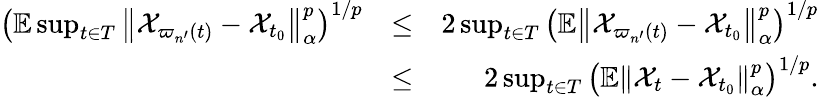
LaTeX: \begin{array}{rlr}{\left(\mathbb{E}\operatorname*{sup}_{t\in T}\left\Vert\mathcal{X}_{\varpi_{n^{\prime}}(t)}-\mathcal{X}_{t_{0}}\right\Vert_{\alpha}^{p}\right)^{1/p}}&{\leq}&{2\operatorname*{sup}_{t\in T}\left(\mathbb{E}\left\Vert\mathcal{X}_{\varpi_{n^{\prime}}(t)}-\mathcal{X}_{t_{0}}\right\Vert_{\alpha}^{p}\right)^{1/p}}\\ &{\leq}&{2\operatorname*{sup}_{t\in T}\left(\mathbb{E}\left\Vert\mathcal{X}_{t}-\mathcal{X}_{t_{0}}\right\Vert_{\alpha}^{p}\right)^{1/p}.}\end{array}